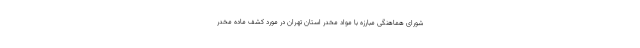
شورای هماهنگی مبارزه با مواد مخدر استان تهران در مورد کشف ماده مخدر